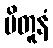
ပိတူနံ